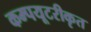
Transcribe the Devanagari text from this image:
कम्‍पयूटरीकृत